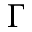
\Gamma